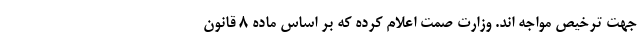
جهت ترخیص مواجه اند. وزارت صمت اعلام کرده که بر اساس ماده ۸ قانون